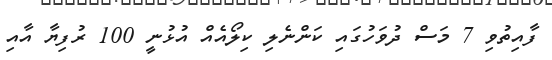
ފާއިތުވި 7 މަސް ދުވަހުގައި ކަންނެލި ކިލޯއެއް އުޅުނީ 100 ރުފިޔާ އާއި